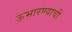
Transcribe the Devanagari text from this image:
ऊभारण्याची